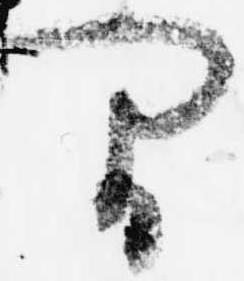
間